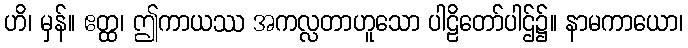
ဟိ၊ မှန်။ ဧတ္ထ၊ ဤကာယဿ အကလ္လတာဟူသော ပါဠိတော်ပါဌ်၌။ နာမကာယော၊